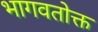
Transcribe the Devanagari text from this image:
भागवतोक्त